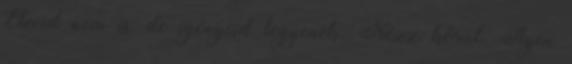
Elveid nem is, de igényeid legyenek. Nézz körül. Ilyen